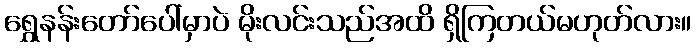
ရွှေနန်းတော်ပေါ်မှာပဲ မိုးလင်းသည်အထိ ရှိကြတယ်မဟုတ်လား။